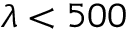
\lambda < 5 0 0